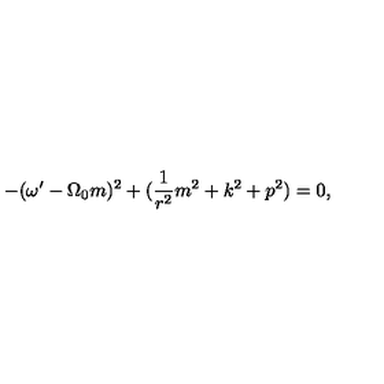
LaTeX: - ( \omega ^ { \prime } - \Omega _ { 0 } m ) ^ { 2 } + ( \frac { 1 } { r ^ { 2 } } m ^ { 2 } + k ^ { 2 } + p ^ { 2 } ) = 0 ,